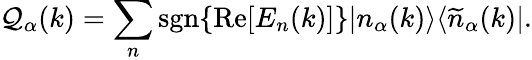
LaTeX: {\cal\mathcal{Q}}_{\alpha}(k)=\sum_{n}\mathrm{{sgn}}\{ \mathrm{{Re}}[E_{n}(k)]\} |n_{\alpha}(k)\rangle\langle\widetilde{{n}}_{\alpha}(k)|.